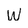
Character: W